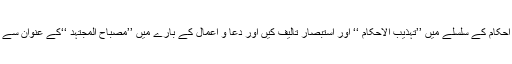
انہوں نے احادیث احکام کے سلسلے میں ’’تہذیب الاحکام ‘‘ اور استبصار تالیف کیں اور دعا و اعمال کے بارے میں ’’مصباح المجتہد ‘‘کے عنوان سے کتاب تحریر کی ۔